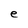
Character: e